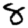
Digit: 8